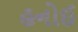
હનોઈ